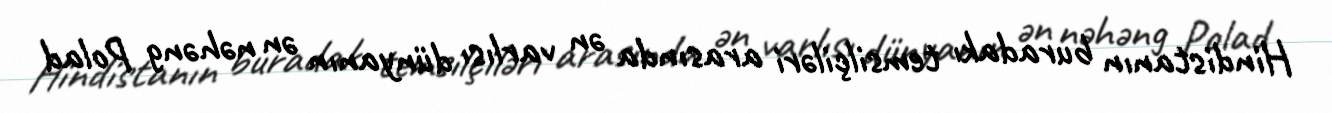
Hindistanın buradakı temsilçiləri arasında ən varlısı dünyanın ən nəhəng Polad